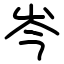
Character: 岑